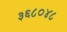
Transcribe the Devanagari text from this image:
३६८०४८